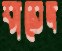
যায়েদ